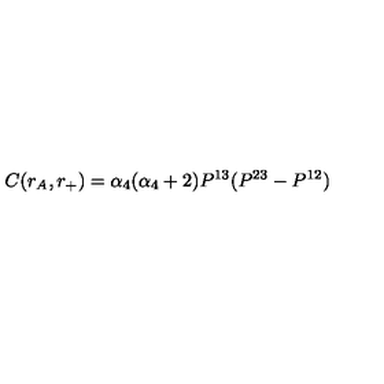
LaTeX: C ( r _ { A } , r _ { + } ) = \alpha _ { 4 } ( \alpha _ { 4 } + 2 ) P ^ { 1 3 } ( P ^ { 2 3 } - P ^ { 1 2 } )